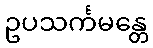
ဥပသင်္ကမန္တေ